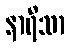
နာရီသာ